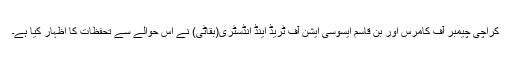
کراچی چیمبر آف کامرس اور بن قاسم ایسوسی ایشن آف ٹریڈ اینڈ انڈسٹری(بقاٹی) نے اس حوالے سے تحفظات کا اظہار کیا ہے۔